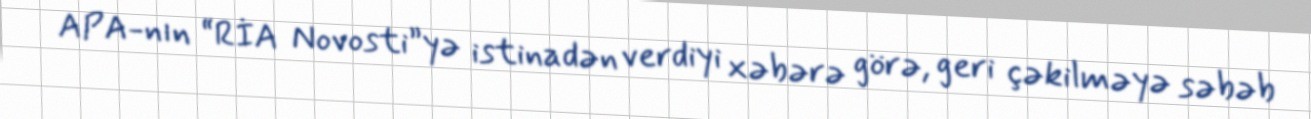
APA-nın “RİA Novosti”yə istinadən verdiyi xəbərə görə, geri çəkilməyə səbəb